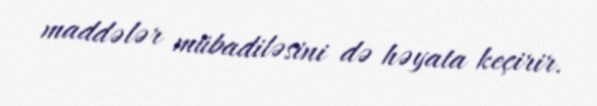
maddələr mübadiləsini də həyata keçirir.